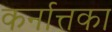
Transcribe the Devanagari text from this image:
कर्नात्तका